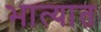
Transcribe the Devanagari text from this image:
भात्यात